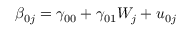
\beta _ { 0 j } = \gamma _ { 0 0 } + \gamma _ { 0 1 } W _ { j } + u _ { 0 j }